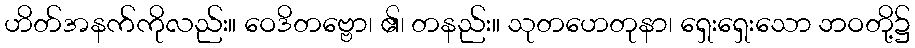
ဟိတ်အနက်ကိုလည်း။ ဝေဒိတဗ္ဗော၊ ၏၊ တနည်း။ သုတဟေတုနာ၊ ရှေးရှေးသော ဘဝတို့၌